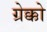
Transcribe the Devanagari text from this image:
ग्रेक्को